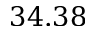
3 4 . 3 8